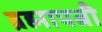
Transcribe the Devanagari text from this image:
ब्रह्मापत्नी